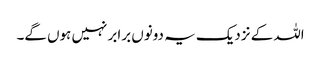
اللہ کے نزدیک یہ دونوں برابر نہیں ہوں گے۔